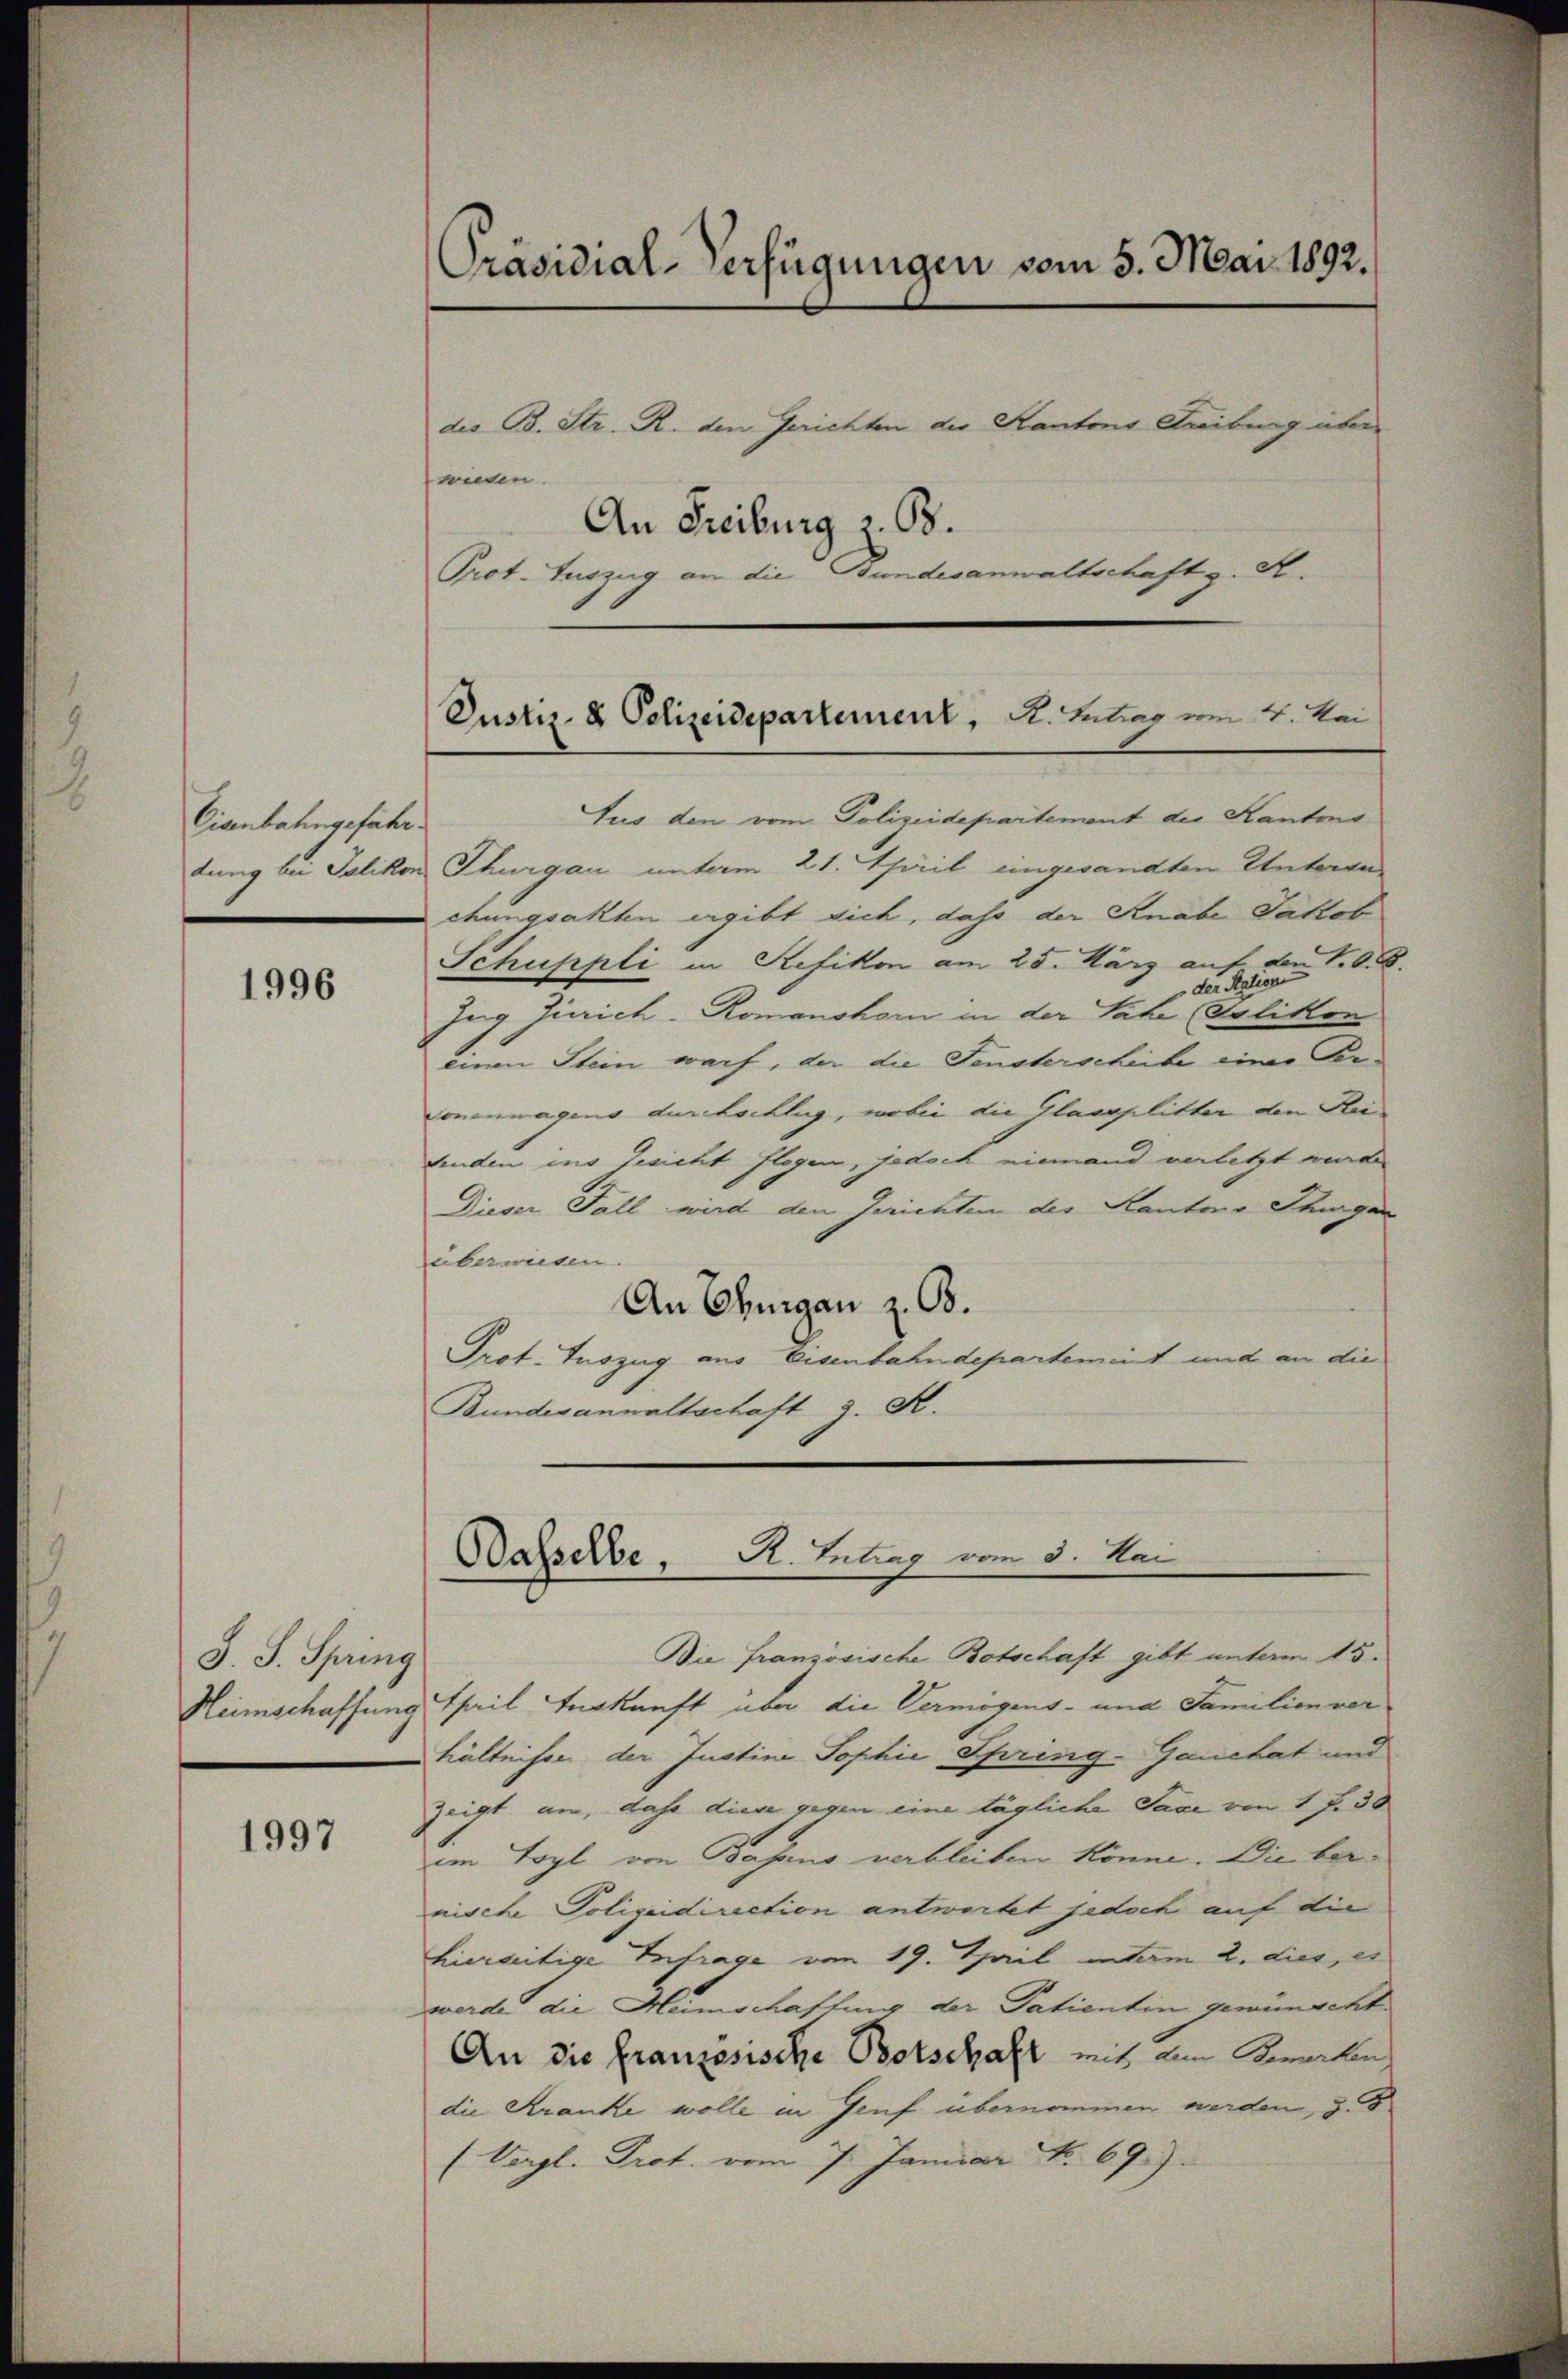
Cienbahngeführ
dung bei Salikon

1996

J. J. Spring
Heimschaffung

1997

Präsidial-Verfügungen vom 5. Mai 1892.

des B. Str. R. den Gerichten der Kantons Tribung über
wiesen.
An Freiburg z. B.
Prot. Auszug an die Bundesanwaltschaft z. S.

Justiz- & Polizeidepartement, R. Lubias um 4. bei

tus den vom Polizeidepartement der Kantons
Thurgau unterm 21. Teil angesandten Untergechungsakten ergibt sich, dass der Knabe Jakob
Schuppli in Kefikon am 25. März auf den 10. 8.
Ing Zürich-Romanshorn in der Sache (Solikon
einen Stein warf, der die Fensterscheibe eines Ver-
Concunagens durchschlug, wobei die Glaseplitter den Hein
fenden ins Gesicht flagen, jedoch niemand verletzt wurde
Dieser Fall wird den Gerichten des Kantons Thurgan
überweisen.
An Thurgau z. B.
Prot. Tuszug aus Eisenbahndepartement und an die
Bundesanwaltschaft z. B.
Die französische Botschaft gibt unterm 15.
theil erkunft über die Vermögens- und Familien ver
hältnisse der Justine Sophie Spring-Ganetat und
zeigt an, daß diese gegen eine tägliche Taxe von 1 f 30
im Foyl von Bassens verbleiben könne. Die beinische Polizeidirection antwortet jedoch auf die
hierseitige Infrage vom 19. Teil interm 2. dies, es
werde die Heimschaftung der Patientin gewüngert
An die französische Botschaft mit dem Bewerken
die Kranke wolle in Genf übernommen werden, 3. F
(Vergl. Prot. vom 7. Januar No. 69.

Basselbe, R. Betrag vom 3. Mai